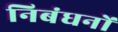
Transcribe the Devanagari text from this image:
निबंधनों